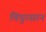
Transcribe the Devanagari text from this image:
चिपुरसान